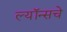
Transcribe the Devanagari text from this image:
ल्यॉन्सचे